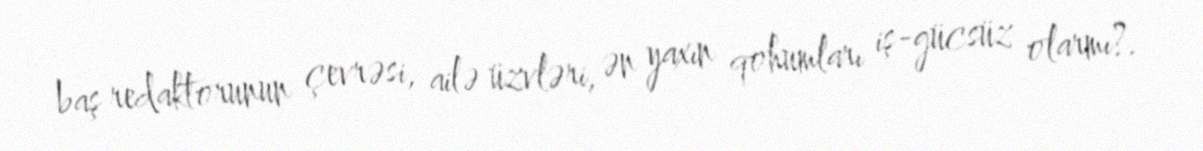
baş redaktorunun çevrəsi, ailə üzvləri, ən yaxın qohumları iş-gücsüz olarmı?.